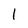
Character: l